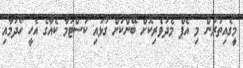
މީގެއިތުރުން މި އެޕް މެދުވެރިކޮށް ބޭންކަށް ގުޅައި ކަސްޓަމާ ކެއާގެ އެހީ ހޯދުމާއި